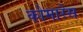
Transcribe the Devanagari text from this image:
कोमारेस